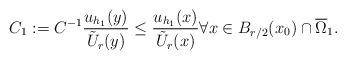
LaTeX: \begin{align*}C_1:=C^{-1}\frac{u_{h_1}(y)}{\tilde U_r(y)}\leq \frac{u_{h_1}(x)}{\tilde U_r(x)} \forall x\in B_{r/2}(x_0)\cap \overline \Omega_1.\end{align*}